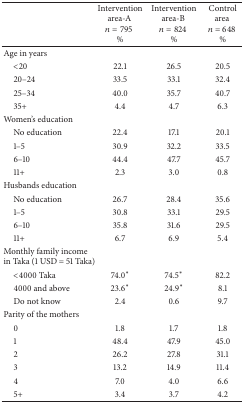
<table><thead><tr><td><b> </b></td><td><b>Intervention area-A <i>n</i> = 795 %</b></td><td><b>Intervention area-B <i>n</i> = 824 %</b></td><td><b>Control area <i>n</i> = 648 %</b></td></tr></thead><tbody><tr><td>Age in years</td><td> </td><td> </td><td> </td></tr><tr><td> &lt;20</td><td>22.1</td><td>26.5</td><td>20.5</td></tr><tr><td> 20–24</td><td>33.5</td><td>33.1</td><td>32.4</td></tr><tr><td> 25–34</td><td>40.0</td><td>35.7</td><td>40.7</td></tr><tr><td> 35+</td><td>4.4</td><td>4.7</td><td>6.3</td></tr><tr><td>Women&#x27;s education</td><td> </td><td> </td><td> </td></tr><tr><td> No education</td><td>22.4</td><td>17.1</td><td>20.1</td></tr><tr><td> 1–5 </td><td>30.9</td><td>32.2</td><td>33.5</td></tr><tr><td> 6–10</td><td>44.4</td><td>47.7</td><td>45.7</td></tr><tr><td> 11+</td><td>2.3</td><td>3.0</td><td>0.8</td></tr><tr><td>Husbands education</td><td> </td><td> </td><td> </td></tr><tr><td> No education</td><td>26.7</td><td>28.4</td><td>35.6</td></tr><tr><td> 1–5</td><td>30.8</td><td>33.1</td><td>29.5</td></tr><tr><td> 6–10</td><td>35.8</td><td>31.6</td><td>29.5</td></tr><tr><td> 11+</td><td>6.7</td><td>6.9</td><td>5.4</td></tr><tr><td>Monthly family income in Taka (1 USD = 51 Taka)</td><td> </td><td> </td><td> </td></tr><tr><td> &lt;4000 Taka</td><td>74.0∗</td><td>74.5∗</td><td>82.2</td></tr><tr><td> 4000 and above</td><td>23.6∗</td><td>24.9∗</td><td>8.1</td></tr><tr><td> Do not know</td><td>2.4</td><td>0.6</td><td>9.7</td></tr><tr><td>Parity of the mothers</td><td> </td><td> </td><td> </td></tr><tr><td> 0</td><td>1.8</td><td>1.7</td><td>1.8</td></tr><tr><td> 1</td><td>48.4</td><td>47.9</td><td>45.0</td></tr><tr><td> 2</td><td>26.2</td><td>27.8</td><td>31.1</td></tr><tr><td> 3</td><td>13.2</td><td>14.9</td><td>11.4</td></tr><tr><td> 4</td><td>7.0</td><td>4.0</td><td>6.6</td></tr><tr><td> 5+</td><td>3.4</td><td>3.7</td><td>4.2</td></tr></tbody></table>